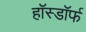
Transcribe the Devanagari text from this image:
हॉस्डॉर्फ